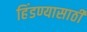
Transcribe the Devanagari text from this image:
हिंडण्यासाठी